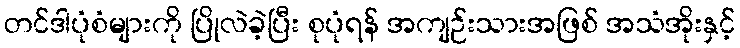
တင်ဒါပုံစံများကို ပြိုလဲခဲ့ပြီး စုပုံရန် အကျဉ်းသားအဖြစ် အသံအိုးနှင့်